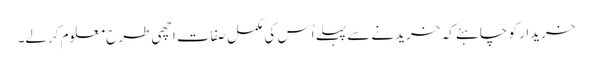
خریدار کو چاہئے کہ خریدنے سے پہلے اُس کی مکمل صفات اچھی طرح معلوم کرلے۔